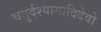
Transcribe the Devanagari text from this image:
चतुर्दश्यामादिदेवो